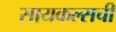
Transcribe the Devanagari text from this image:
सायकल्सची